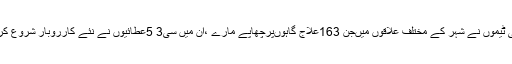
کمیشن کی ٹیموں نے شہر کے مختلف علاقوں میںجن 163علاج گاہوںپرچھاپے مارے ،ان میں سی3 5عطائیوں نے نئے کارروبار شروع کردیے ہیں۔